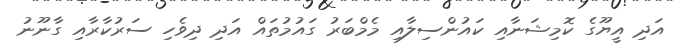
އަދި އީޔޫގެ ކޮމިޝަނާއި ކައުންސިލާއި މެމްބަރު ގައުމުތައް އަދި ދިވެހި ސަރުކާރާއި ގާނޫނު